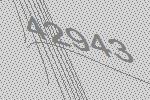
42943